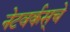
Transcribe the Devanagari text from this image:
नेटवर्कस्‌चे